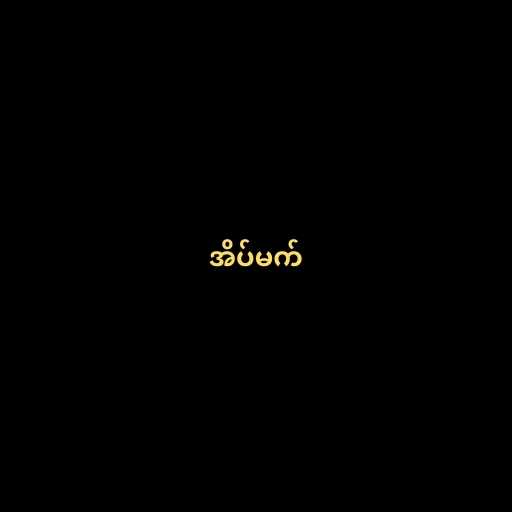
အိပ်မက်